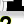
Digit: 2